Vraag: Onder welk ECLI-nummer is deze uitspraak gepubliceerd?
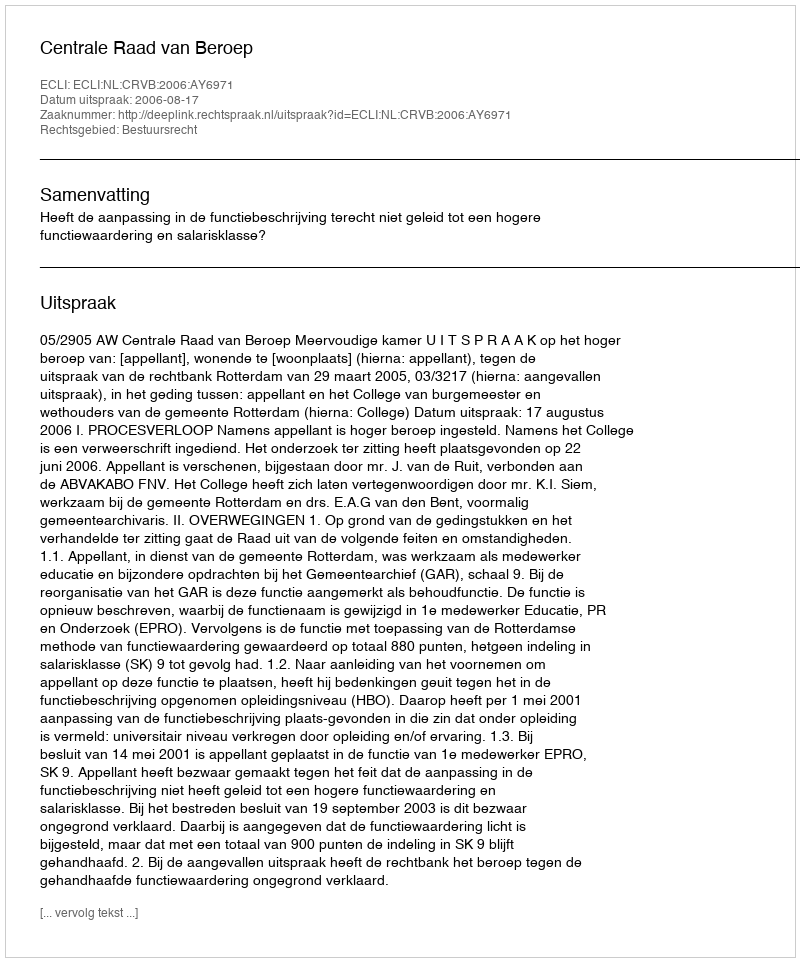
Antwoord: ECLI:NL:CRVB:2006:AY6971